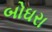
બોઘરા